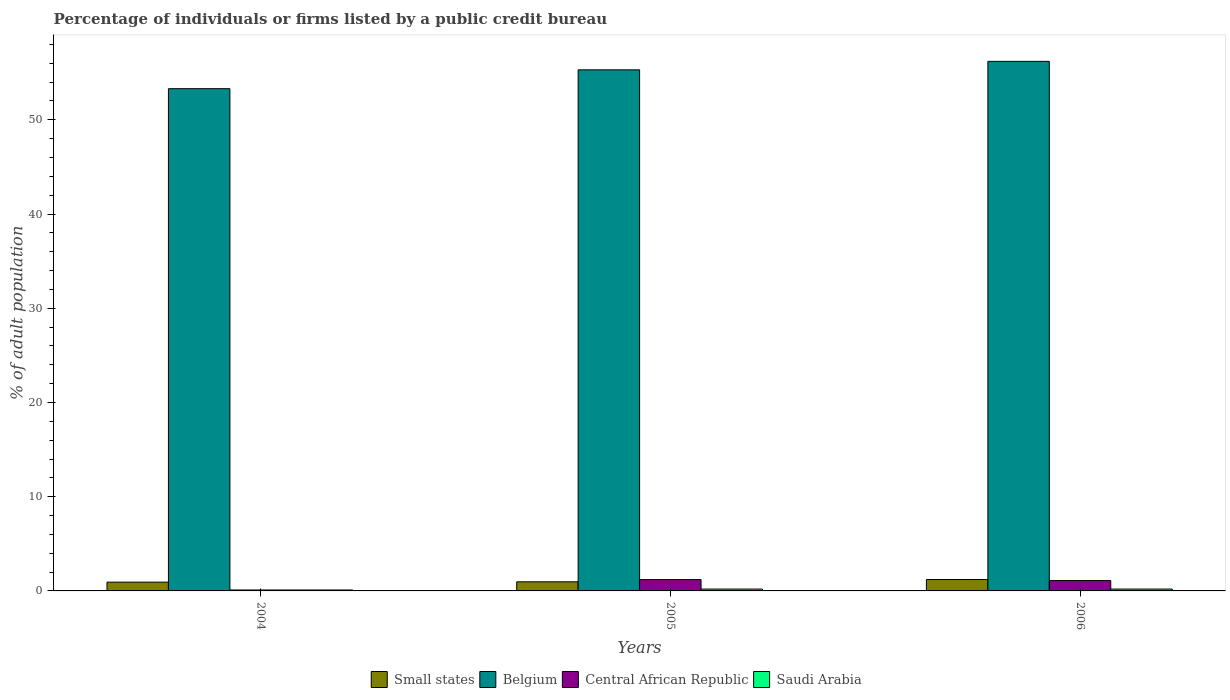
| Years | Small states | Belgium | Central African Republic | Saudi Arabia |
 | --- | --- | --- | --- | --- |
 | 2004 | 0.932 | 53.3 | 0.1 | 0.1 |
 | 2005 | 0.968 | 55.3 | 1.2 | 0.2 |
 | 2006 | 1.21 | 56.2 | 1.1 | 0.2 |